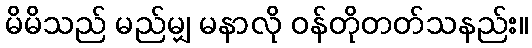
မိမိသည် မည်မျှ မနာလို ဝန်တိုတတ်သနည်း။